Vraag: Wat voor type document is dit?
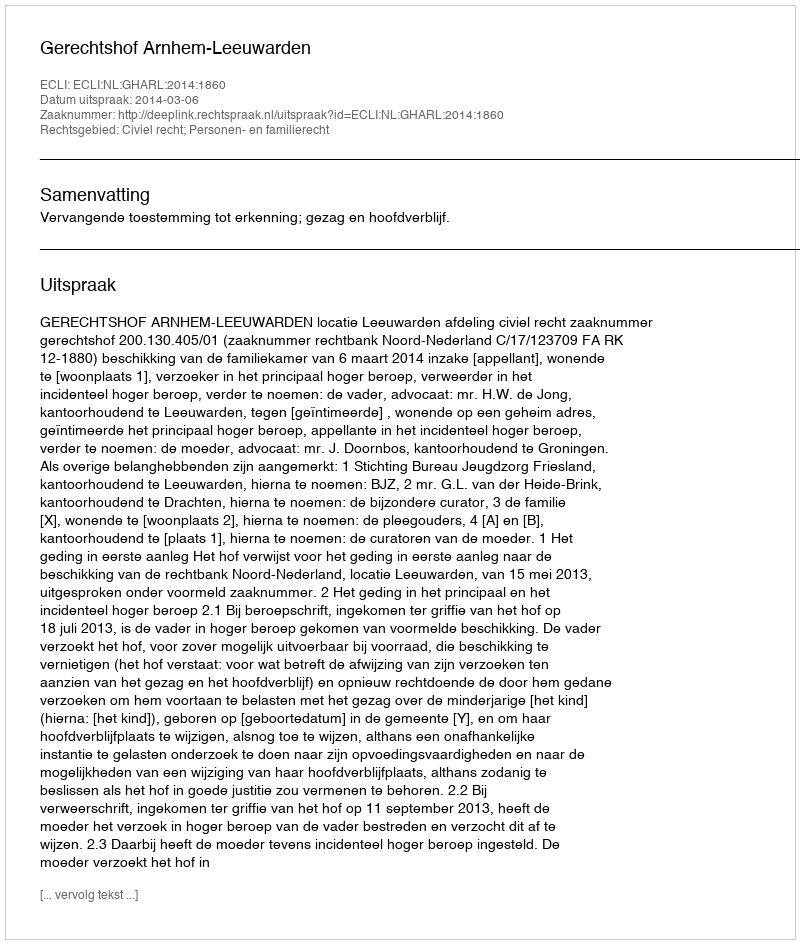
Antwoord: Uitspraak